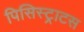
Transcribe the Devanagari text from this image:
पिसिस्ट्राटस